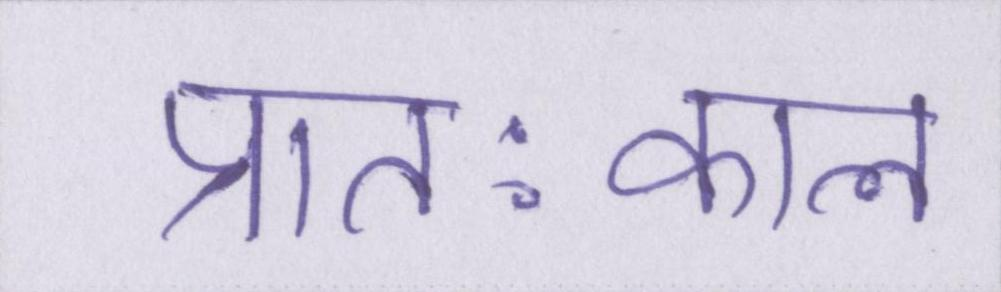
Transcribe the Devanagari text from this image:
प्रातःकाल